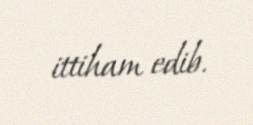
ittiham edib.